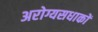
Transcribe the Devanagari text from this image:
अरोग्यसधाकों